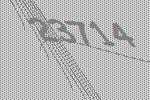
23714